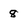
Character: 8